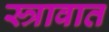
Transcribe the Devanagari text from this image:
स्त्रावात